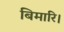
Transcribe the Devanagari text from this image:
बिमारि।